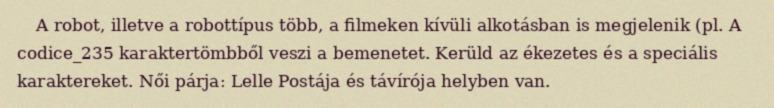
A robot, illetve a robottípus több, a filmeken kívüli alkotásban is megjelenik (pl. A codice_235 karaktertömbből veszi a bemenetet. Kerüld az ékezetes és a speciális karaktereket. Női párja: Lelle Postája és távírója helyben van.